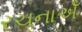
રચનાએઁ